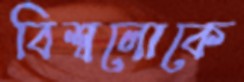
বিশ্বলোকে